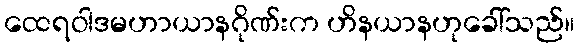
ထေရဝါဒမဟာယာနဂိုဏ်းက ဟိနယာနဟုခေါ်သည်။